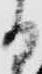
る